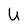
Character: U